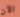
الآن